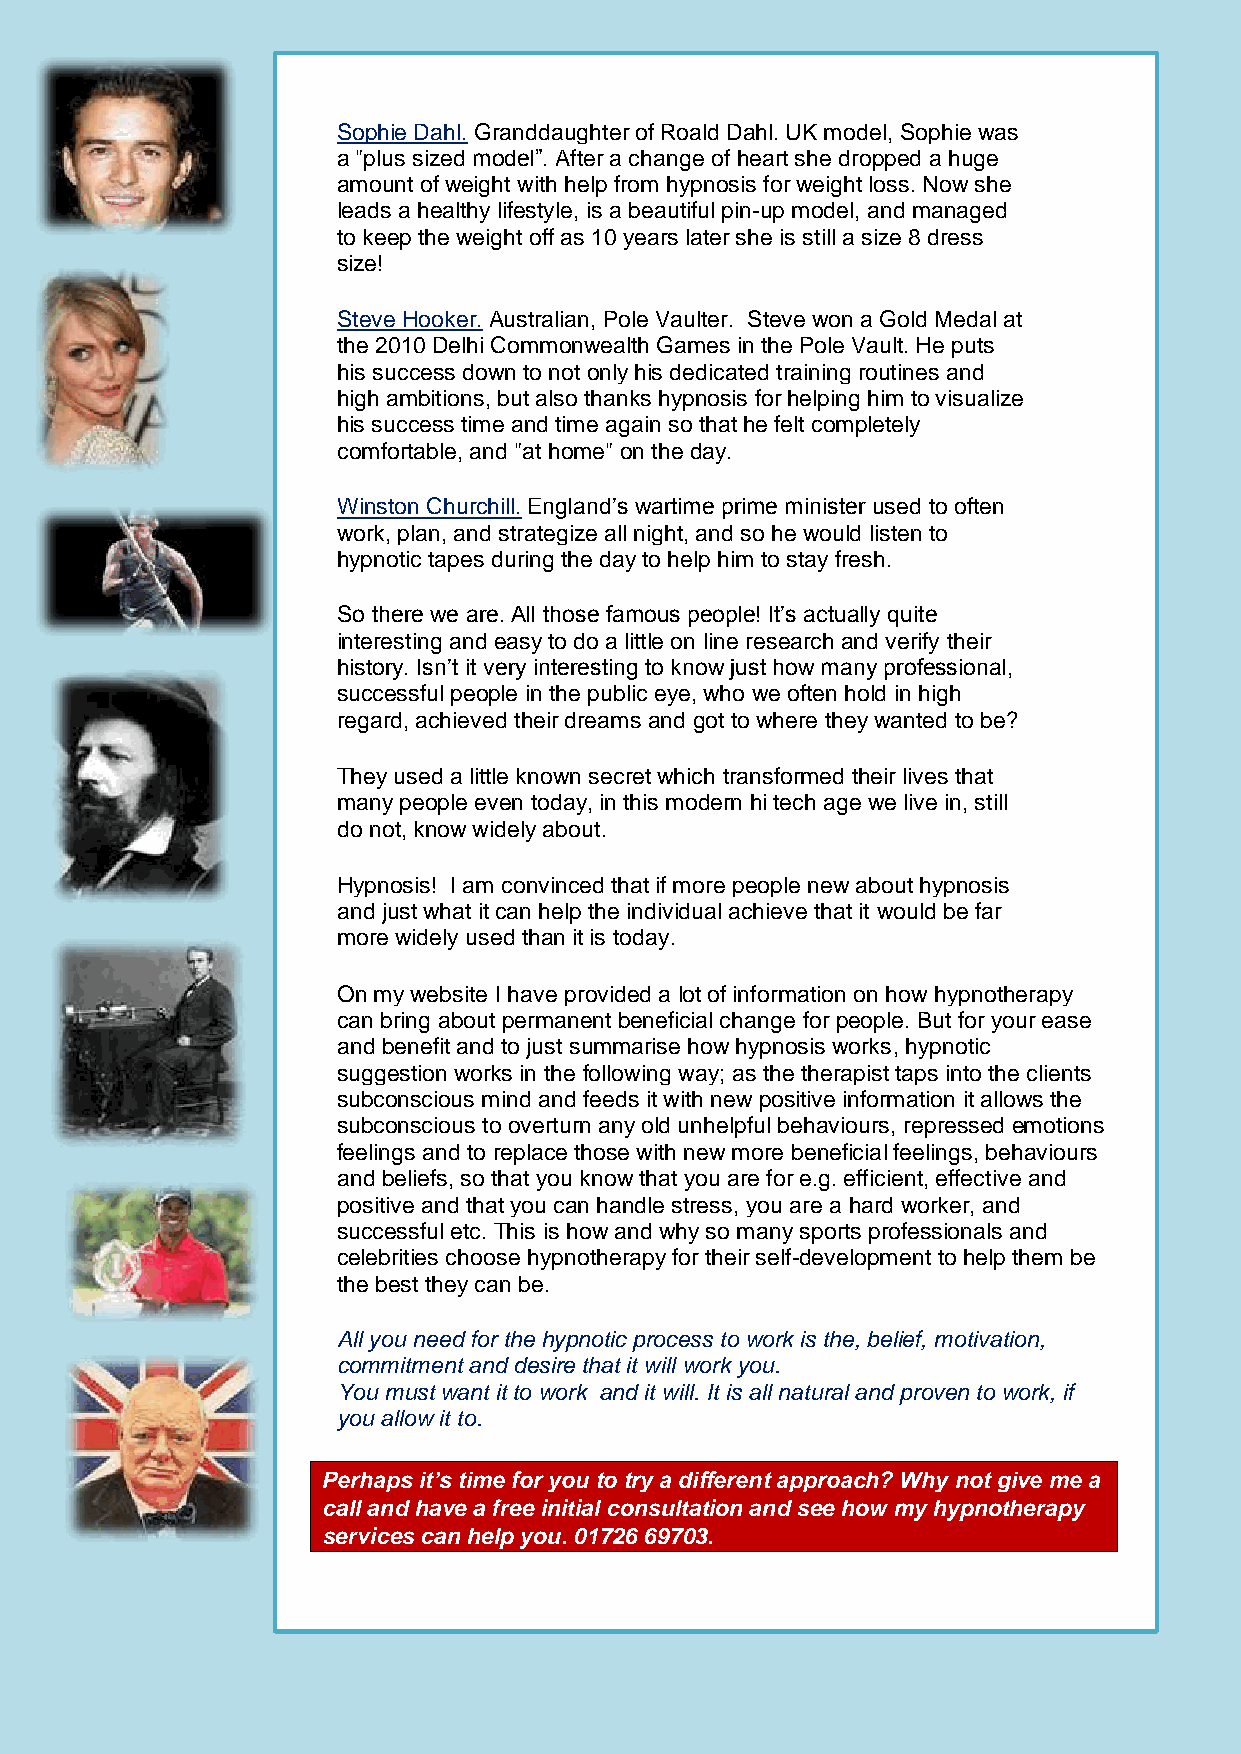
Sophie Dahl. Granddaughter of Roald Dahl. UK model, Sophie was
 a "plus sized model”. After a change of heart she dropped a huge
 amount of weight with help from hypnosis for weight loss. Now she
 leads a healthy lifestyle, is a beautiful pin-up model, and managed
 to keep the weight off as 10 years later she is still a size 8 dress
 size!
 Steve Hooker. Australian, Pole Vaulter. Steve won a Gold Medal at
 the 2010 Delhi Commonwealth Games in the Pole Vault. He puts
 his success down to not only his dedicated training routines and
 high ambitions, but also thanks hypnosis for helping him to visualize
 his success time and time again so that he felt completely
 comfortable, and "at home" on the day.
 Winston Churchill. England’s wartime prime minister used to often
 work, plan, and strategize all night, and so he would listen to
 hypnotic tapes during the day to help him to stay fresh.
 So there we are. All those famous people! It’s actually quite
 interesting and easy to do a little on line research and verify their
 history. Isn’t it very interesting to know just how many professional,
 successful people in the public eye, who we often hold in high
 regard, achieved their dreams and got to where they wanted to be?
 They used a little known secret which transformed their lives that
 many people even today, in this modern hi tech age we live in, still
 do not, know widely about.
 Hypnosis! I am convinced that if more people new about hypnosis
 and just what it can help the individual achieve that it would be far
 more widely used than it is today.
 On my website I have provided a lot of information on how hypnotherapy
 can bring about permanent beneficial change for people. But for your ease
 and benefit and to just summarise how hypnosis works, hypnotic
 suggestion works in the following way; as the therapist taps into the clients
 subconscious mind and feeds it with new positive information it allows the
 subconscious to overturn any old unhelpful behaviours, repressed emotions
 feelings and to replace those with new more beneficial feelings, behaviours
 and beliefs, so that you know that you are for e.g. efficient, effective and
 positive and that you can handle stress, you are a hard worker, and
 successful etc. This is how and why so many sports professionals and
 celebrities choose hypnotherapy for their self-development to help them be
 the best they can be.
 All you need for the hypnotic process to work is the, belief, motivation,
 commitment and desire that it will work you.
 You must want it to work and it will. It is all natural and proven to work, if
 you allow it to.
 Perhaps it’s time for you to try a different approach? Why not give me a
 call and have a free initial consultation and see how my hypnotherapy
 services can help you. 01726 69703.